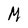
Character: M